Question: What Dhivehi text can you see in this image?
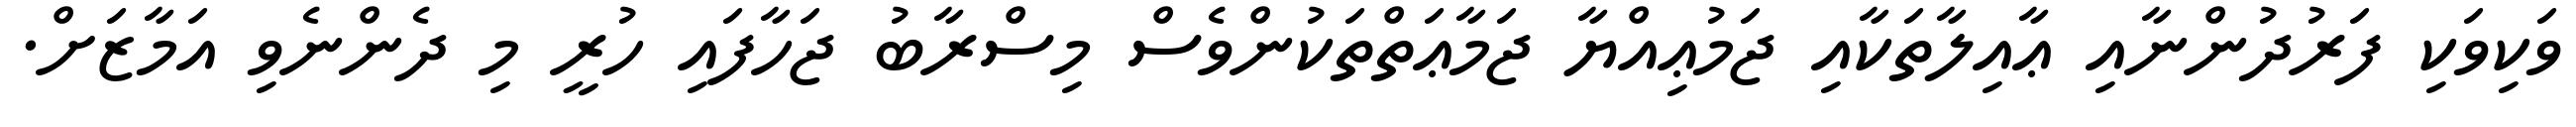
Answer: ވަކިވަކި ފަރުދުންނާއި ޢާއިލާތަކާއި ޖަމުޢިއްޔާ ޖަމާޢަތްތަކުންވެސް މިސްރާބު ޖަހާފައި ހުރީ މި ދެންނެވި އަމާޒަށް.